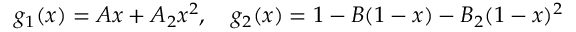
g _ { 1 } ( x ) = A x + A _ { 2 } x ^ { 2 } , \quad g _ { 2 } ( x ) = 1 - B ( 1 - x ) - B _ { 2 } ( 1 - x ) ^ { 2 }